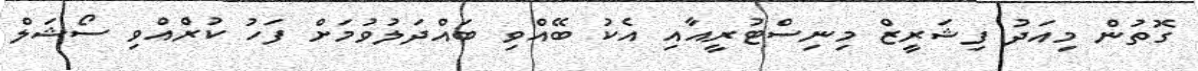
ގޮތުން މިއަދު ފިޝަރީޒް މިނިސްޓުރީއާއި އެކު ބޭއްވި ބައްދަލުވުމަށް ފަހު ކުރެްެއްވި ސޯޝަލް